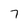
Character: 7